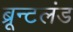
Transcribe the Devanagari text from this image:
ब्रून्टलंड